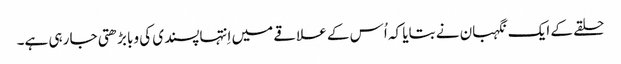
‏ حلقے کے ایک نگہبان نے بتایا کہ اُس کے علاقے میں اِنتہاپسندی کی وبا بڑھتی جا رہی ہے۔